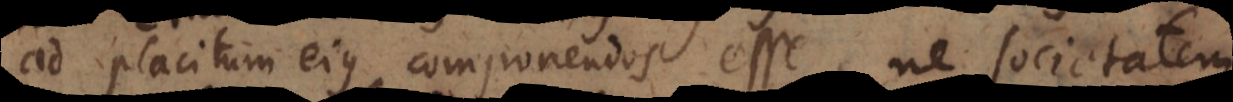
ad placitum ejus componendos esse, ne societatem